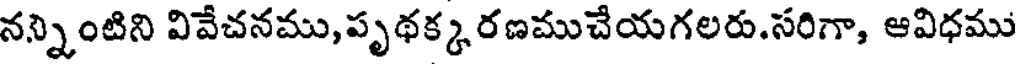
నన్నింటిని వివేచనము,పృథక్క రణముచేయగలరు.సరిగా, ఆవిధము